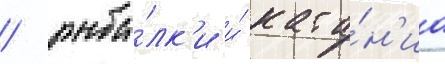
/ рыба́лк'и и́ ката́н'иа